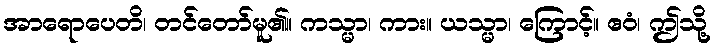
အာရောပေတိ၊ တင်တော်မူ၏။ ကသ္မာ၊ ကား။ ယသ္မာ၊ ကြောင့်။ ဧဝံ၊ ဤသို့